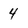
Character: 4